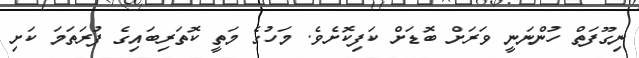
ނިގޫފަތް ހުންނަނީ ވަރަށް ބޮޑަށް ކަފިކޮށެވެ. މަހުގެ މަތީ ކޮތަރިބައިގެ ފުރަތަމަ ކަށި